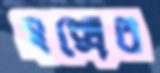
সক্সের